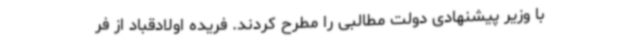
با وزیر پیشنهادی دولت مطالبی را مطرح کردند. فریده اولادقباد از فر